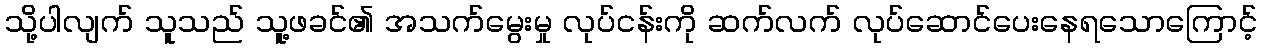
သို့ပါလျက် သူသည် သူ့ဖခင်၏ အသက်မွေးမှု လုပ်ငန်းကို ဆက်လက် လုပ်ဆောင်ပေးနေရသောကြောင့်